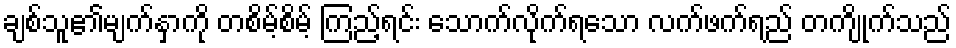
ချစ်သူ၏မျက်နှာကို တစိမ့်စိမ့် ကြည့်ရင်း သောက်လိုက်ရသော လက်ဖက်ရည် တကျိုက်သည်